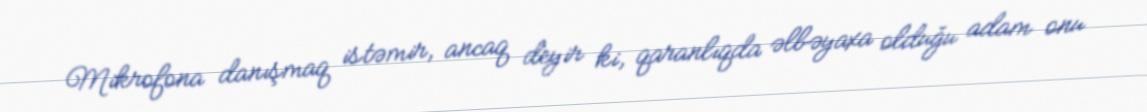
Mikrofona danışmaq istəmir, ancaq deyir ki, qaranlıqda əlbəyaxa olduğu adam onu